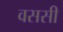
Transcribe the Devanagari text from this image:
वससी